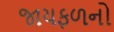
જાયફળનો